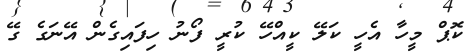
ކޮޕް މީހާ އެހީ ކަލޭ ކީއްހޭ ކުރީ ފޯނު ހިފައިގެން އޭނަގެ ގޭ